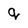
Character: q